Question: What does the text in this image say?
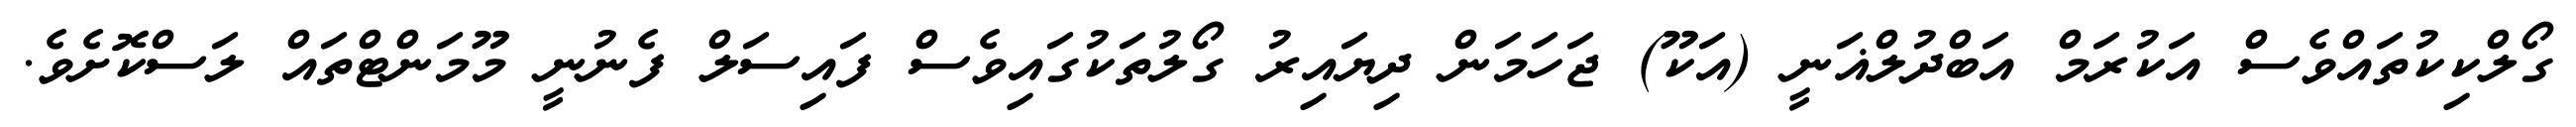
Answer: ގޯލްކިކުތައްވެސް އަކުރަމް އަބްދުލްޣަނީ (އަކޫ) ޖަހަމަން ދިޔައިރު ގޯލުތަކުގައިވެސް ފައިސަލް ފެނުނީ މޫމަންޓްތައް ލަސްކޮށެވެ.